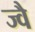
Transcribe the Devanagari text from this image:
ज्‍वै